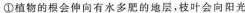
①植物的根会伸向有水多肥的地层，枝叶会向阳光